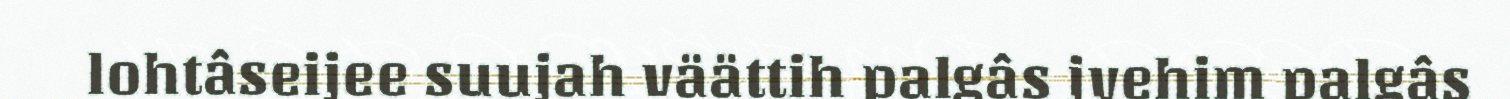
lohtâseijee suujah väättih palgâs jyehim palgâs